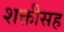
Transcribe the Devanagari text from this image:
शक्तीसह